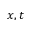
x , t